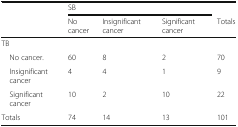
<table><thead><tr><td></td><td colspan="3"><b>SB</b></td><td></td></tr><tr><td></td><td><b>No cancer</b></td><td><b>Insignificant cancer</b></td><td><b>Significant cancer</b></td><td><b>Totals</b></td></tr></thead><tbody><tr><td colspan="5">TB</td></tr><tr><td> No cancer.</td><td>60</td><td>8</td><td>2</td><td>70</td></tr><tr><td> Insignificant cancer</td><td>4</td><td>4</td><td>1</td><td>9</td></tr><tr><td> Significant cancer</td><td>10</td><td>2</td><td>10</td><td>22</td></tr><tr><td>Totals</td><td>74</td><td>14</td><td>13</td><td>101</td></tr></tbody></table>